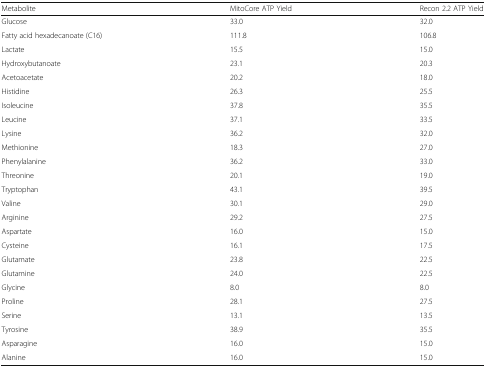
| Metabolite | MitoCore ATP Yield | Recon 2.2 ATP Yield |
 | --- | --- | --- |
 | Glucose | 33.0 | 32.0 |
 | Fatty acid hexadecanoate (C16) | 111.8 | 106.8 |
 | Lactate | 15.5 | 15.0 |
 | Hydroxybutanoate | 23.1 | 20.3 |
 | Acetoacetate | 20.2 | 18.0 |
 | Histidine | 26.3 | 25.5 |
 | Isoleucine | 37.8 | 35.5 |
 | Leucine | 37.1 | 33.5 |
 | Lysine | 36.2 | 32.0 |
 | Methionine | 18.3 | 27.0 |
 | Phenylalanine | 36.2 | 33.0 |
 | Threonine | 20.1 | 19.0 |
 | Tryptophan | 43.1 | 39.5 |
 | Valine | 30.1 | 29.0 |
 | Arginine | 29.2 | 27.5 |
 | Aspartate | 16.0 | 15.0 |
 | Cysteine | 16.1 | 17.5 |
 | Glutamate | 23.8 | 22.5 |
 | Glutamine | 24.0 | 22.5 |
 | Glycine | 8.0 | 8.0 |
 | Proline | 28.1 | 27.5 |
 | Serine | 13.1 | 13.5 |
 | Tyrosine | 38.9 | 35.5 |
 | Asparagine | 16.0 | 15.0 |
 | Alanine | 16.0 | 15.0 |